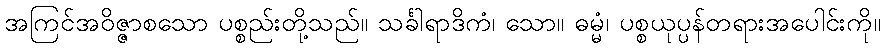
အကြင်အဝိဇ္ဇာစသော ပစ္စည်းတို့သည်။ သင်္ခါရာဒိကံ၊ သော။ ဓမ္မံ၊ ပစ္စယုပ္ပန်တရားအပေါင်းကို။